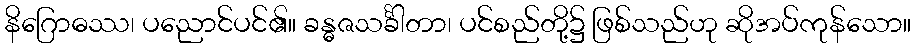
နိဂြောဓဿ၊ ပညောင်ပင်၏။ ခန္ဓဇသင်္ခါတာ၊ ပင်စည်တို့၌ ဖြစ်သည်ဟု ဆိုအပ်ကုန်သော။